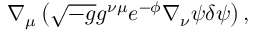
\nabla _ { \mu } \left( \sqrt { - g } g ^ { \nu \mu } e ^ { - \phi } \nabla _ { \nu } \psi \delta \psi \right) ,